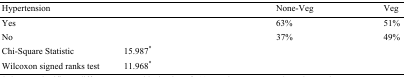
| Hypertension |  | None-Veg | Veg |
 | --- | --- | --- | --- |
 | Yes |  | 63% | 51% |
 | No |  | 37% | 49% |
 | Chi-Square Statistic | 15.987* |  |  |
 | Wilcoxon signed ranks test | 11.968* |  |  |